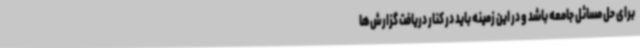
برای حل مسائل جامعه باشد و در این زمینه باید در کنار دریافت گزارش‌ها